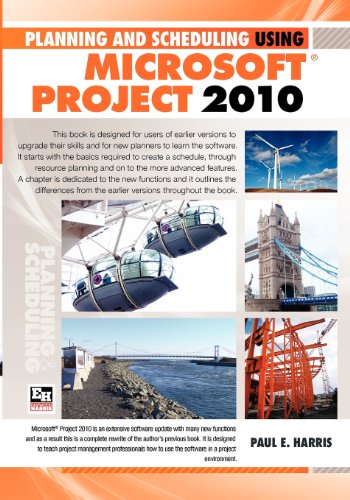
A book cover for Planning and Scheduling Using Microsoft Office Project 2010; Paul E Harris; Computers & Technology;